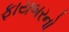
ફાયબરનો